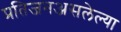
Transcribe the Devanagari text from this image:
प्रतिजनअसलेल्या